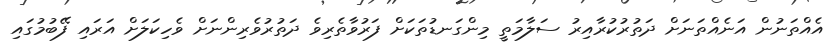
އެއްތަނުން އަނެއްތަނަށް ދަތުރުކުރާއިރު ސަލާމަތީ މިންގަނޑުތަކަށް ފަރުވާތެރިވެ ދަތުރުވެރިންނަށް ވެހިކަލަށް އަރައި ފޭބުމުގައި